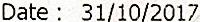
DATE : 31/10/2017